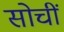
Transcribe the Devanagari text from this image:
सोचीं